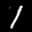
Label: 1